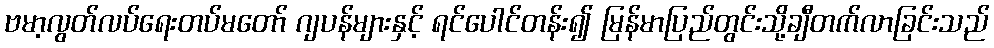
ဗမာ့လွတ်လပ်ရေးတပ်မတော် ဂျပန်များနှင့် ရင်ပေါင်တန်း၍ မြန်မာပြည်တွင်းသို့ချီတက်လာခြင်းသည်